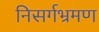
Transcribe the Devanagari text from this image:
निसर्गभ्रमण